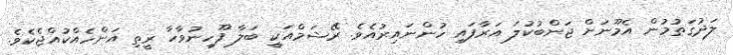
ލަދުގަތުމުން އެމޫނަށް ޖަންބުކުލަ އަރާފައި ހުންނައިރުއެވެ. ރޭޝަމްއަކީ ބަލާ ފޫހިނުވާހާ ރީތި އަންހެއްކުއްޖެކެވެ.